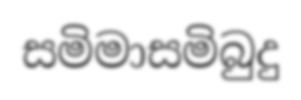
සමිමාසමිබුදු